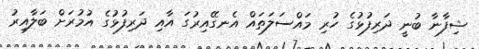
ޝިފާނާ ބުނީ ދަރިފުޅުގެ ހުރި މައްސަލަތައް އެނގޭއިރުގަ އާއި ދަރިފުޅުގެ އުމުރަށް ބަލާއިރު